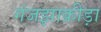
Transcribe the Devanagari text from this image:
गंजझाक्रीड़ा